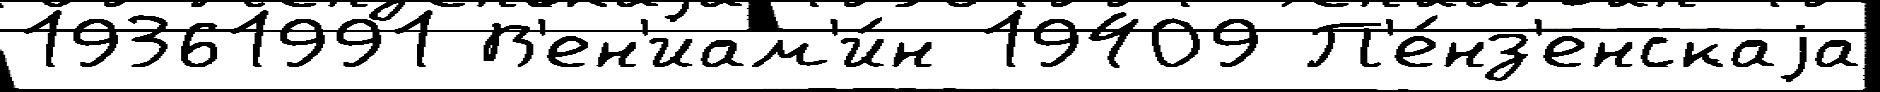
19361991 В'ен'иам'и́н 19409 П'е́нз'енскаjа